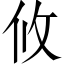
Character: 攸